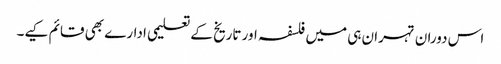
اس دوران تہران ہی میں فلسفہ اور تاریخ کے تعلیمی ادارے بھی قائم کیے۔